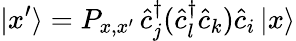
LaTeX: |x^{\prime}\rangle=P_{x,x^{\prime}}\, \hat{c}_{j}^{\dagger}(\hat{c}_{l}^{\dagger}\hat{c}_{k})\hat{c}_{i}\, |x\rangle